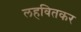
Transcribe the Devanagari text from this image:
लहवितकर